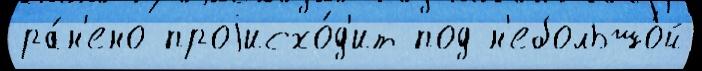
ра́н'ено проjисхо́д'ит под н'ебольшо́й